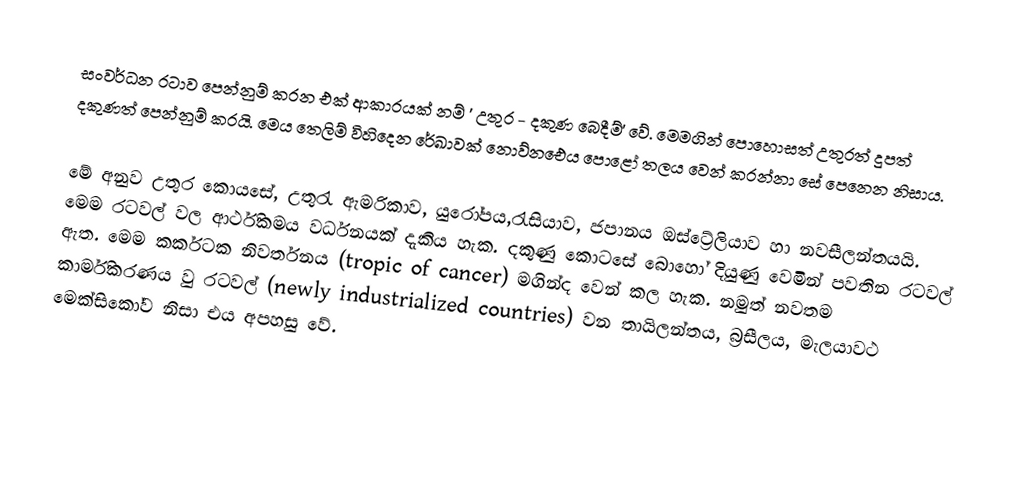
සංවර්ධන රටාව පෙන්නුම් කරන එක් ආකාරයක් නම් ' උතුර - දකුණ බෙදීම්' වේ. මෙමගින් පොහොසත් උතුරත් දුපත් දකුණත් පෙන්නුම් කරයි. මෙය තෙලිම් විහිදෙන රේඛාවක් නොව්න‍ඓය පොළෝ තලය වෙන් කරන්නා සේ පෙනෙන නිසාය.

	මේ අනුව උතුර කොයසේ, උතුරැ ඇමරිකාව, යුරෝපය,රැසියාව, ජපානය ඔස්ට්‍රේලියාව හා නවසීලන්තයයි. මෙම රටවල් වල ආර්ථිකමය වර්ධනයක් දැකිය හැක. දකුණු කොටසේ බොහෝ දියුණු වෙමින් පවතින රටවල් ඇත. මෙම කර්කටක නිවර්තනය (tropic of cancer) මගින්ද වෙන් කල හැක. නමුත් නවතම කාර්මිකරණය වු රටවල් (newly industrialized countries) වන තායිලන්තය, බ්‍රසීලය, මැලයාවථ මෙක්සිකෝව නිසා එය අපහසු වේ.